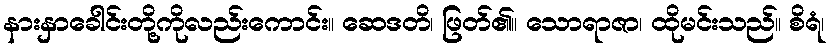
နားနှာခေါင်းတို့ကိုလည်းကောင်း။ ဆေဒတိ၊ ဖြတ်၏။ သောရာဇာ၊ ထိုမင်းသည်။ စိရံ၊